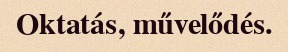
Oktatás, művelődés.